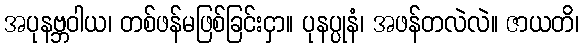
အပုနဗ္ဘဝါယ၊ တစ်ဖန်မဖြစ်ခြင်းငှာ။ ပုနပ္ပုနံ၊ အဖန်တလဲလဲ။ ဇာယတိ၊